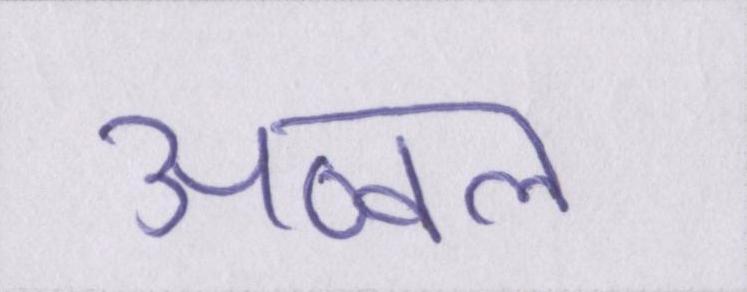
अव्वल